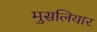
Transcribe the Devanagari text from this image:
मुसलियार